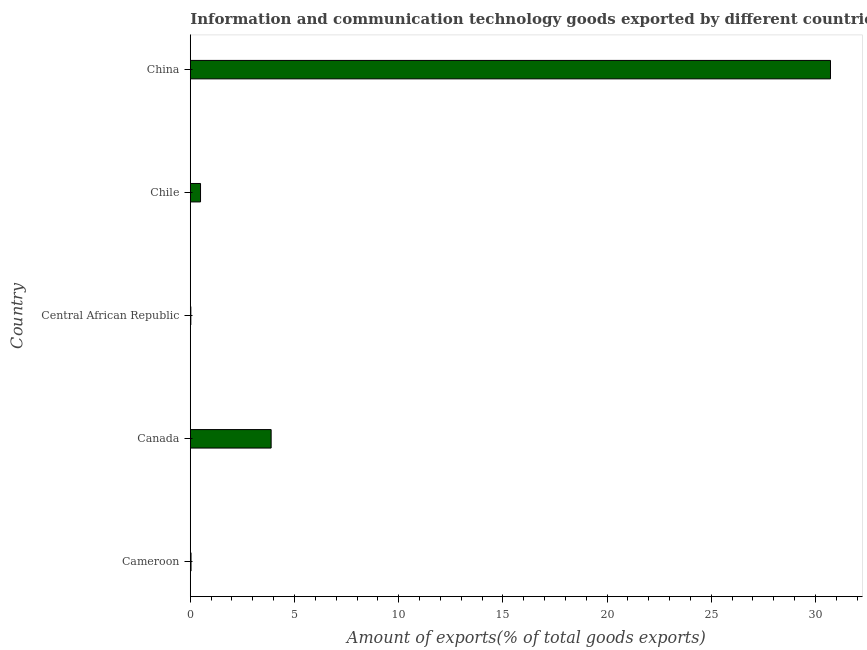
| Country | ICT goods exports |
 | --- | --- |
 | Cameroon | 0.0351 |
 | Canada | 3.88 |
 | Central African Republic | 0.0257 |
 | Chile | 0.491 |
 | China | 30.7 |